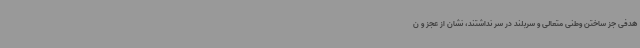
هدفی جز ساختن وطنی متعالی و سربلند در سر نداشتند، نشان از عجز و ن